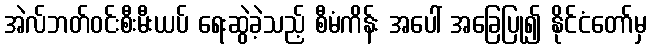
အဲလ်ဘတ်ဝင်းစီးမီးယပ် ရေးဆွဲခဲ့သည့် စီမံကိန်း အပေါ် အခြေပြု၍ နိုင်ငံတော်မှ